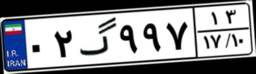
۰۲گ۹۹۷۱۳